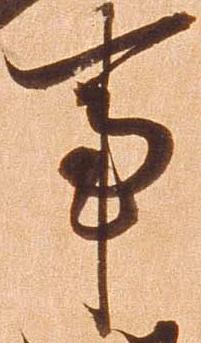
事